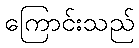
ကြောင်းသည်